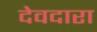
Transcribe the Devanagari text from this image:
देवदारा